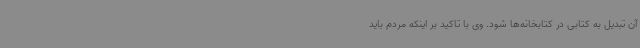
آن تبدیل به کتابی در کتابخانه‌ها شود. وی با تاکید بر اینکه مردم باید